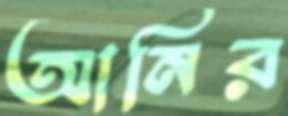
আনির